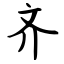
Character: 齐